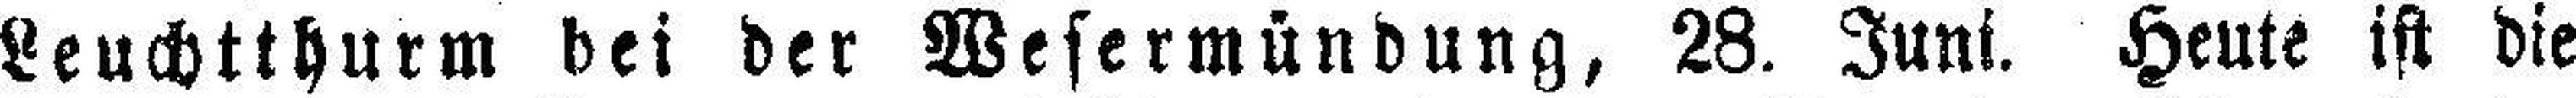
Leuchtthurm bei der Wesermündung, 28. Juni. Heute ist die